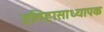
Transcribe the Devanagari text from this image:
इतिहासाध्यापक